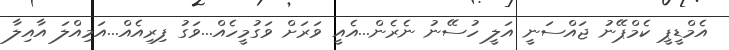
އެމްޑީޕީ ކެމްޕޭނު ޖައްސަނީ އަލީ ހުސޭނު ނެރެން...އެއީ ވަރަށް ވަގުމީހެއް...ވަގު ފިރިއެއް...އަމިއްލަ އާއިލާ